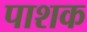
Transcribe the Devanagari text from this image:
पाशक